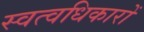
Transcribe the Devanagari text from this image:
स्वत्वधिकारों